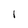
Character: I